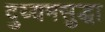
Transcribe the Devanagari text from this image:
दुय्यमसुद्धा